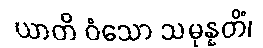
ယာတိ ဝံသော သမုန္နတိံ၊